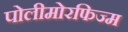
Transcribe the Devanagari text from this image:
पोलीमोरफिज्म